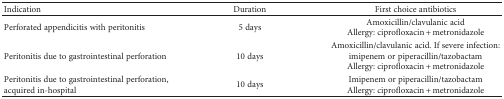
<table><thead><tr><td><b>Indication</b></td><td><b>Duration</b></td><td><b>First choice antibiotics</b></td></tr></thead><tbody><tr><td>Perforated appendicitis with peritonitis</td><td>5 days</td><td>Amoxicillin/clavulanic acidAllergy: ciprofloxacin + metronidazole</td></tr><tr><td>Peritonitis due to gastrointestinal perforation</td><td>10 days</td><td>Amoxicillin/clavulanic acid. If severe infection: imipenem or piperacillin/tazobactamAllergy: ciprofloxacin + metronidazole</td></tr><tr><td>Peritonitis due to gastrointestinal perforation, acquired in-hospital</td><td>10 days</td><td>Imipenem or piperacillin/tazobactamAllergy: ciprofloxacin + metronidazole</td></tr></tbody></table>